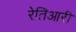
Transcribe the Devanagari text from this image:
रेतिआरी